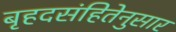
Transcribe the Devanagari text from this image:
बृहदसंहितेनुसार